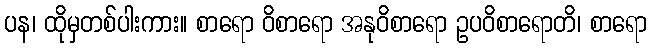
ပန၊ ထိုမှတစ်ပါးကား။ စာရော ဝိစာရော အနုဝိစာရော ဥပဝိစာရောတိ၊ စာရော